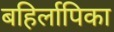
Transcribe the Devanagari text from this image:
बहिर्लापिका